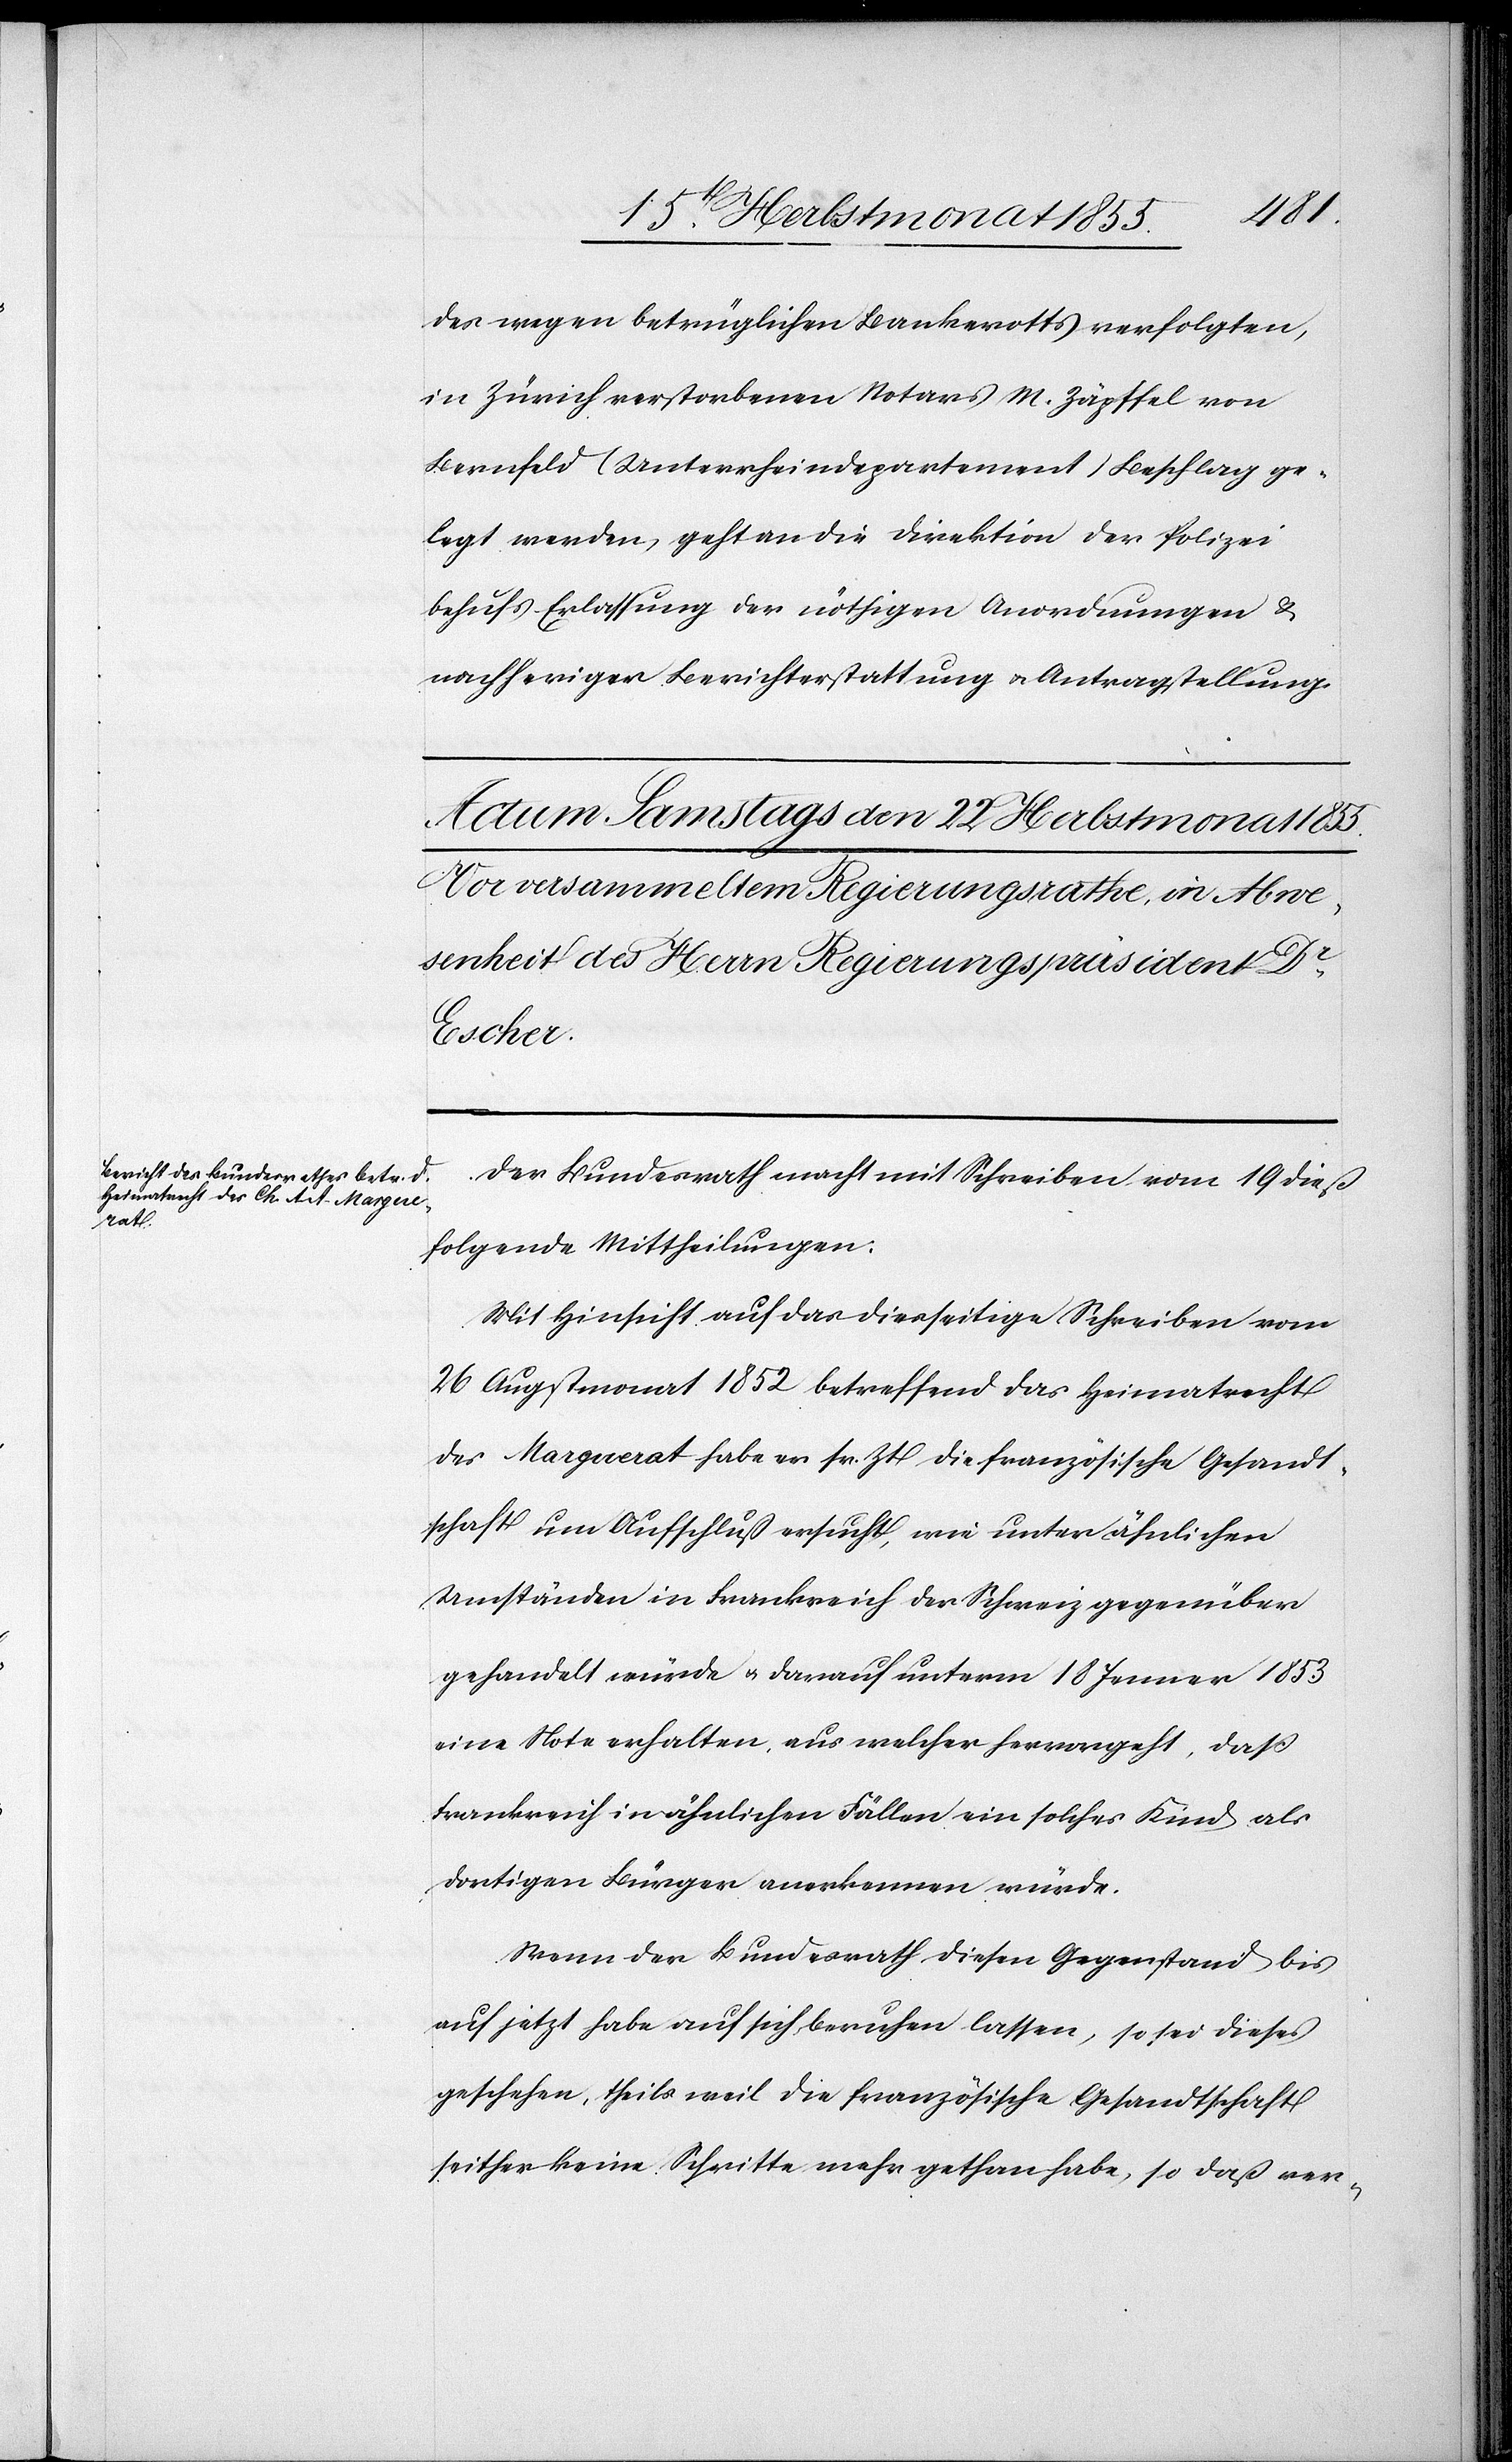
ic!]
des wegen betrüglichen Bankerotts verfolgten,
in Zürich verstorbenen Notars M. Zäpffel [s¬
Bernfeld (Unterrheindepartement) Beschlag ge¬
legt werden, geht an die Direktion der Polizei
behufs Erlassung der nöthigen Anordnungen &
nachheriger Berichterstattung & Antragstellung.
Der Bundesrath macht mit Schreiben vom 19 dieß
folgende Mittheilungen:
Mit Hinsicht auf das diesseitige Schreiben vom
26 Augstmonat 1852 betreffend das Heimatrecht
des Marguerat habe er sr. Zt die französische Gesandt¬
schaft um Aufschluß ersucht, wie unter ähnlichen
Umständen in Frankreich der Schweiz gegenüber
gehandelt würde & darauf unterm 18 Jenner 1853
eine Note erhalten, aus welcher hervorgeht, daß
Frankreich in ähnlichen Fällen ein solches Kind als
dortigen Bürger anerkennen würde.
Wenn der Bundesrath diesen Gegenstand bis
auf jetzt habe auf sich beruhen lassen, so sei dieses
geschehen, theils weil die französische Gesandtschaft
seither keine Schritte mehr gethan habe, so daß ver-